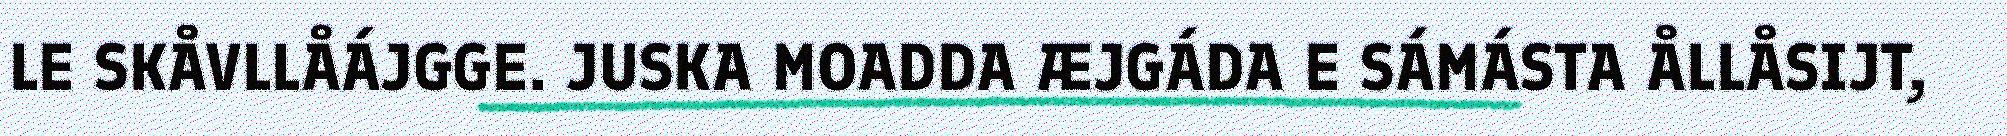
LE SKÅVLLÅÁJGGE. JUSKA MOADDA ÆJGÁDA E SÁMÁSTA ÅLLÅSIJT,